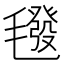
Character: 𣰀